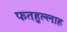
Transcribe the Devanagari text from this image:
फतहुल्लाह